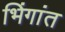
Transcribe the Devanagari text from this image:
भिंगांत